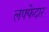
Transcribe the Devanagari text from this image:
लफ्फेदार